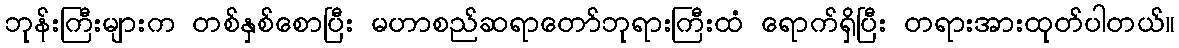
ဘုန်းကြီးများက တစ်နှစ်စောပြီး မဟာစည်ဆရာတော်ဘုရားကြီးထံ ရောက်ရှိပြီး တရားအားထုတ်ပါတယ်။